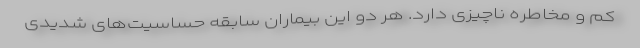
کم و مخاطره ‌ناچیزی دارد. هر دو این بیماران سابقه حساسیت‌های شدیدی